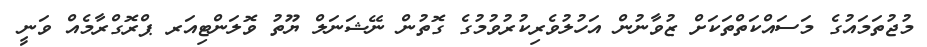
މުޖުތަމައުގެ މަސައްކަތްތަކަށް ޒުވާނުން އަހުލުވެރިކުރުވުމުގެ ގޮތުން ނޭޝަނަލް ޔޫތު ވޮލަންޓިއަރ ޕްރޮގްރާމެއް ވަނީ